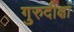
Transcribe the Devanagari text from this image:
गुरुदीक्षां